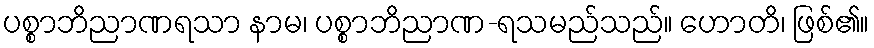
ပစ္စာဘိညာဏရသာ နာမ၊ ပစ္စာဘိညာဏ-ရသမည်သည်။ ဟောတိ၊ ဖြစ်၏။